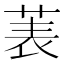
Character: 𫈒